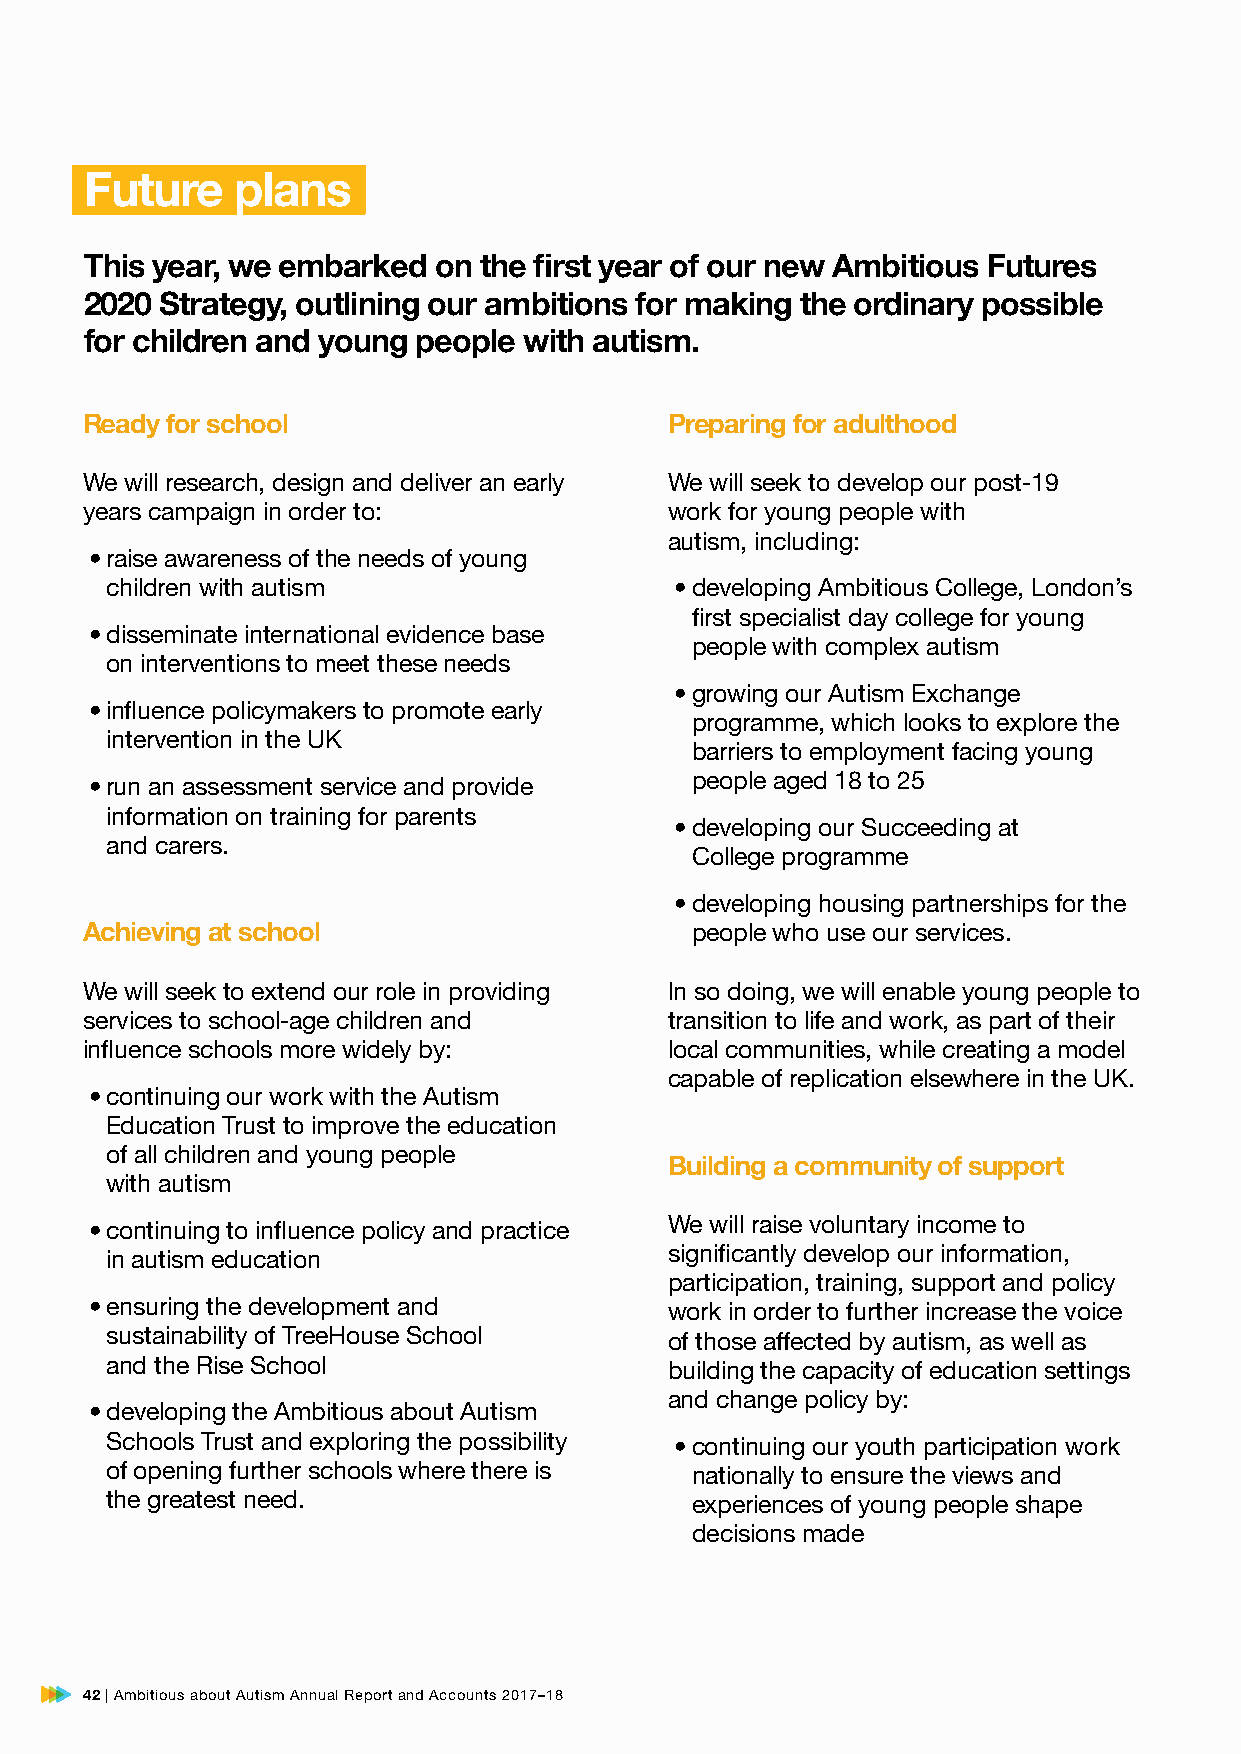
Future    plans
 This year, we embarked on the first year of our new Ambitious Futures
 2020 Strategy, outlining our ambitions for making the ordinary possible
 for children and young people with autism.
 Ready for school                       Preparing for adulthood
 We will research, design and deliver an early We will seek to develop our post-19
 years campaign in order to:            work for young people with
 autism, including:
 • raise awareness of the needs of young
 children with autism                  • developing Ambitious College, London’s
 first specialist day college for young
 • disseminate international evidence base
 people with complex autism
 on interventions to meet these needs
 • growing our Autism Exchange
 • influence policymakers to promote early
 programme, which looks to explore the
 intervention in the UK
 barriers to employment facing young
 • run an assessment service and provide people aged 18 to 25
 information on training for parents
 • developing our Succeeding at
 and carers.
 College programme
 • developing housing partnerships for the
 Achieving at school                      people who use our services.
 We will seek to extend our role in providing In so doing, we will enable young people to
 services to school-age children and    transition to life and work, as part of their
 influence schools more widely by:      local communities, while creating a model
 capable of replication elsewhere in the UK.
 • continuing our work with the Autism
 Education Trust to improve the education
 of all children and young people
 Building a community of support
 with autism
 • continuing to influence policy and practice We will raise voluntary income to
 significantly develop our information,
 in autism education
 participation, training, support and policy
 • ensuring the development and        work in order to further increase the voice
 sustainability of TreeHouse School   of those affected by autism, as well as
 and the Rise School                  building the capacity of education settings
 and change policy by:
 • developing the Ambitious about Autism
 Schools Trust and exploring the possibility • continuing our youth participation work
 of opening further schools where there is nationally to ensure the views and
 the greatest need.                     experiences of young people shape
 decisions made
 42 | Ambitious about Autism Annual Report and Accounts 2017–18